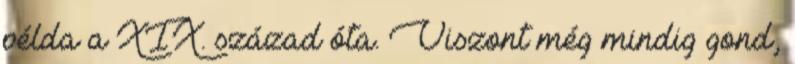
példa a XIX. század óta. Viszont még mindig gond,